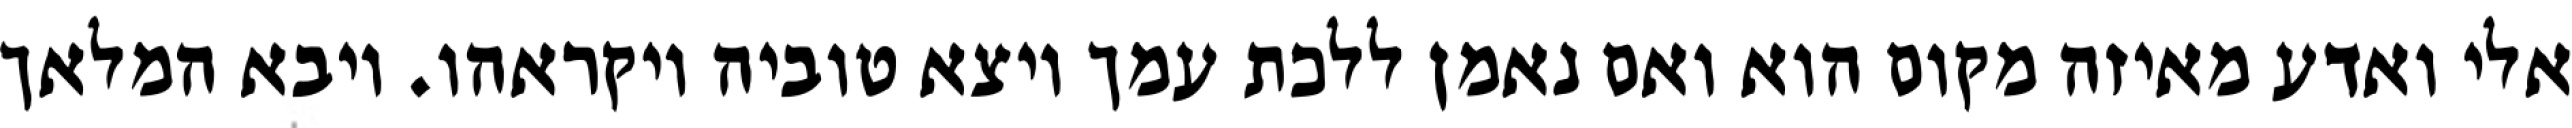
אלי ואדע מאיזה מקום הוא ואם נאמן ללכת עמך ויצא טוביה ויקראהו. ויבא המלאך